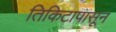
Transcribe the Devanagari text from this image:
तिकिटापासून